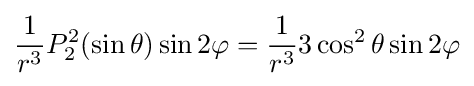
{\frac {1}{r^{3}}}P_{2}^{2}(\sin \theta )\sin 2\varphi ={\frac {1}{r^{3}}}3\cos ^{2}\theta \sin 2\varphi